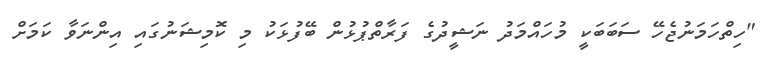
"ހިތްހަމަނުޖެހޭ ސަބަބަކީ މުހައްމަދު ނަޝީދުގެ ފަރާތްޕުޅުން ބޭފުޅަކު މި ކޮމިޝަނުގައި އިންނަވާ ކަމަށް